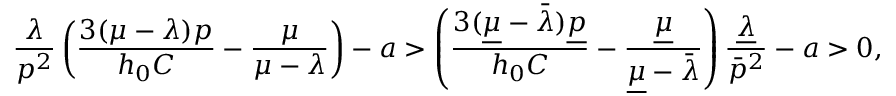
\frac { \lambda } { p ^ { 2 } } \left( \frac { 3 ( \mu - \lambda ) p } { h _ { 0 } C } - \frac { \mu } { \mu - \lambda } \right) - a > \left( \frac { 3 ( \underline { { \mu } } - \bar { \lambda } ) \underline { { p } } } { h _ { 0 } C } - \frac { \underline { { \mu } } } { \underline { { \mu } } - \bar { \lambda } } \right) \frac { \underline { { \lambda } } } { \bar { p } ^ { 2 } } - a > 0 ,